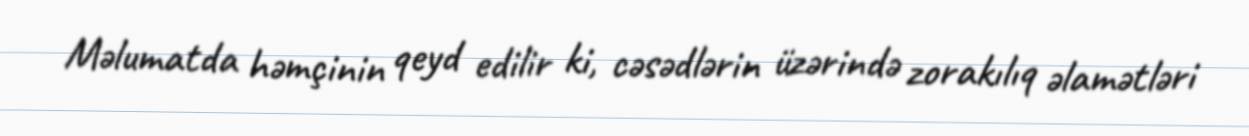
Məlumatda həmçinin qeyd edilir ki, cəsədlərin üzərində zorakılıq əlamətləri